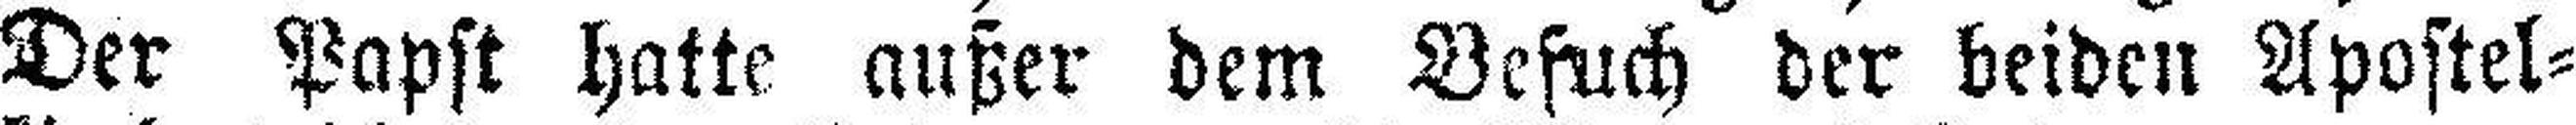
Der Papst hatte außer dem Besuch der beiden Apostel-